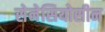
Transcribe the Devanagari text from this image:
सेनेसियोसीन